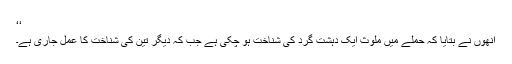
‘‘
اُنھوں نے بتایا کہ حملے میں ملوث ایک دہشت گرد کی شناخت ہو چکی ہے جب کہ دیگر تین کی شناخت کا عمل جاری ہے۔